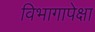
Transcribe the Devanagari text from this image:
विभागापेक्षा